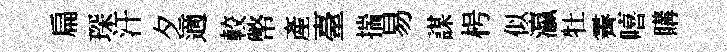
扁琛汗夕適較幣產臺揣易謀枵似瀛牡霽嘻購